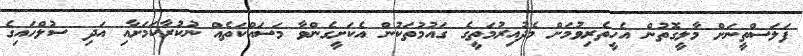
ފަލަސްތީނަށް މާލީގޮތުން އެހީތެރިވުމަށް މެދުއިރުމަތީގެ ގައުމުތަކުން އެކަށީގެންވާ މަސައްކަތެއް ނުކުރާކަމަށާއި އަދި ސުލްހައިގެ